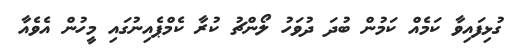
ގުޅިފައިވާ ކަމެއް ކަމުން ބުދަ ދުވަހު ލޯންޗު ކުރާ ކެމްޕެއިނުގައި މީހުން އެވެއާ